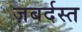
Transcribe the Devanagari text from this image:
ज़बर्दस्‍त